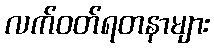
လက်ဝတ်ရတနာများ